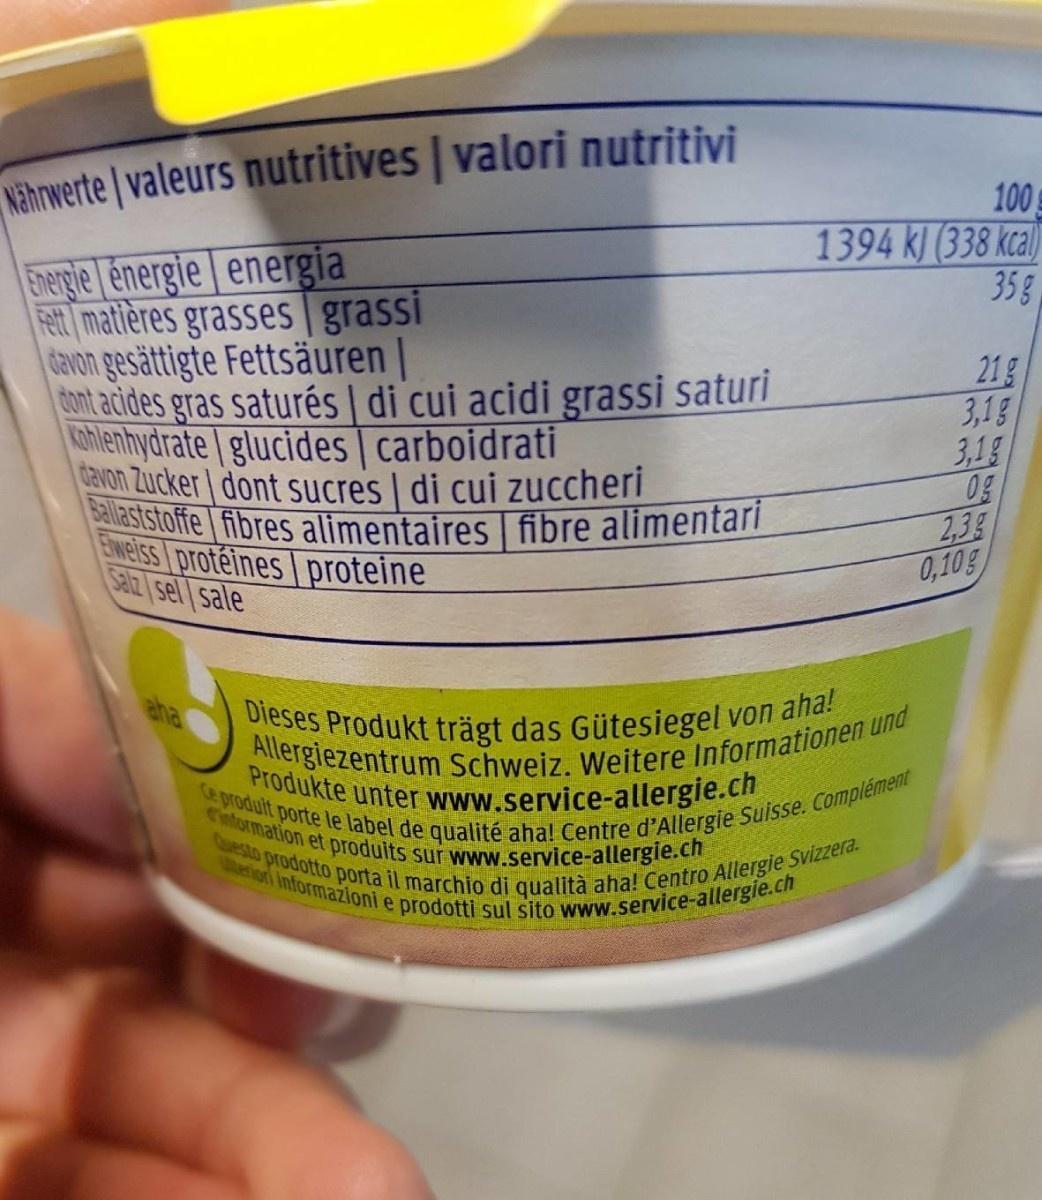
Nihrwerte | valeurs nutritives | valori nutritivi
100 1394 k) (338 kcal) 35g
Energie énergie | energia Fet matières grasses grassi cavon gesättigte Fettsäuren cont acides gras saturés | di cui acidi grassi saturi khlenhydrate glucides | carboidrati GRVO Zucker dont sucres I di cui zuccheri Balaststoffe fibres alimentaires fibre alimentari Ewelss protéines proteine Salz sel sale
21g 3,18 3,1g 0g 2,38 0,10g
Dieses Produkt trägt das Gütesiegel von aha! aha Produkte unter www.service-allergie.ch cintormation et produits sur www.service-allergie.ch erion Informazioni e prodotti sul sito www.service-allergie.ch
Allergiezentrum Schweiz. Weitere Informationen und Ce prodult porte le label de qualité aha! Centre d'Allergie Suisse. Complément Questo prodotto porta il marchio di qualità aha! Centro Allergie Svizzera.